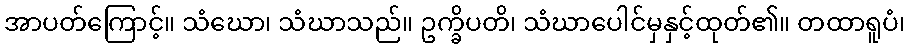
အာပတ်ကြောင့်။ သံဃော၊ သံဃာသည်။ ဥက္ခိပတိ၊ သံဃာပေါင်မှနှင့်ထုတ်၏။ တထာရူပံ၊